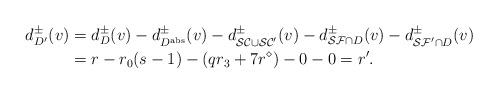
LaTeX: \begin{align*}d_{D'}^\pm(v)&=d_D^\pm(v)-d_{D^{\rm abs}}^\pm(v)-d_{\mathcal{SC}\cup\mathcal{SC}'}^\pm(v)-d_{\mathcal{SF}\cap D}^\pm(v)-d_{\mathcal{SF}'\cap D}^\pm(v)\\&=r-r_0(s-1)-(qr_3+7r^\diamond)-0-0=r'.\end{align*}